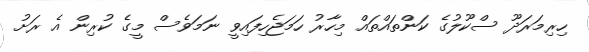
ހިރިމަރަދޫ ސްކޫލުގެ ކަންތައްތައް މިހާރު ހަމަޖެހިފައިވީ ނަމަވެސް މީގެ ކުރިން އެ ރަށު